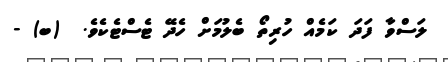
ލަސްވާ ފަދަ ކަމެއް ހުރިތޯ ބެލުމަށް ހެދޭ ޓެސްޓެކެވެ.  (ބ) -